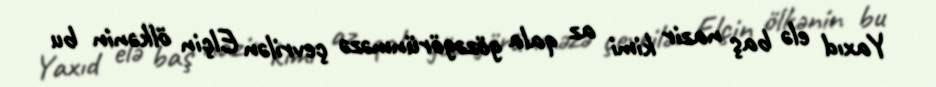
Yaxıd elə baş nazir kimi az qala gözəgörünməzə çevrilən Elçin ölkənin bu